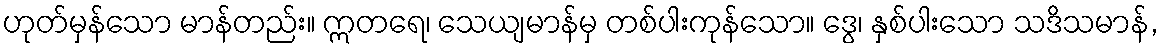
ဟုတ်မှန်သော မာန်တည်း။ ဣတရေ၊ သေယျမာန်မှ တစ်ပါးကုန်သော။ ဒွေ၊ နှစ်ပါးသော သဒိသမာန်,